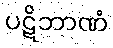
ပဋိဘာဏံ